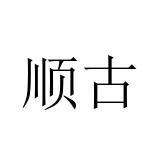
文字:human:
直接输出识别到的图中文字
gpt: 顺古